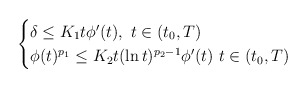
\begin{align*}\begin{cases}\delta\leq K_{1}t\phi'(t),\ t\in(t_{0},T)\\\phi(t)^{p_{1}}\leq K_{2}t(\ln t)^{p_{2}-1}\phi'(t) \ t\in(t_{0},T)\end{cases}\end{align*}